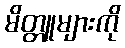
မိတ္တူများကို